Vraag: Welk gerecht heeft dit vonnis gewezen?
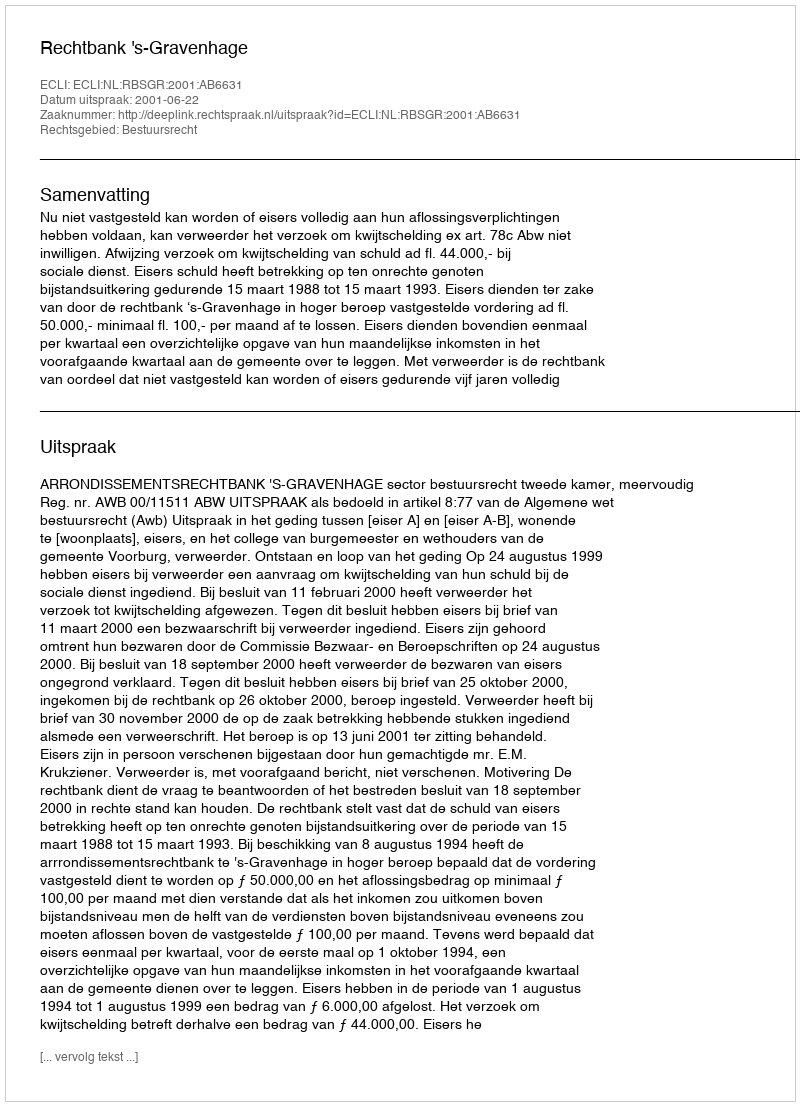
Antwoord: Rechtbank 's-Gravenhage